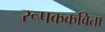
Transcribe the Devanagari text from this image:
रूपककविता